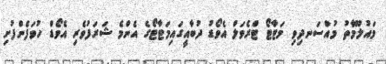
މައުލޫމާތު މުއްސަނދިވި މަޓާޓޯ ޓްރެވަލް އެވޯޑު ދުބާއީގައިމަޓާޓޯގެ އެންމެ ޝަރަފުވެރި އެވޯޑް ހުވަފެންފުށި